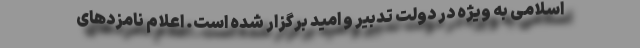
اسلامی به ویژه در دولت تدبیر و امید برگزار شده است. اعلام نامزدهای